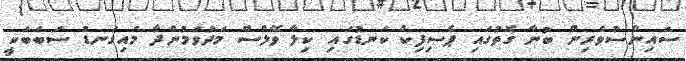
ސައިންސުވެރިން ބުނާ ގޮތުގައި ޕެސިފިކް ކަނޑުގައި ކިލާ ވޭލްސް މަދުވަމުންދާ މައިގަނޑު ސަބަބަކީ